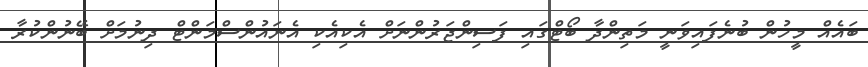
ބައެއް މީހުން ބުނެފައިވަނީ މަތިންދާ ބޯޓްގައި ފަސިންޖަރުންނަށް އެކިއެކި އެނައުންސްމަންޓް ދިނުމަށް ބޭނުންކުރާ